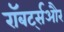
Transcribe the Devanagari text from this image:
रॉबर्ट्सऔर